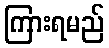
ကြားရမည်